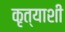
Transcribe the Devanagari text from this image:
कृत्याशी